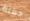
حفنة